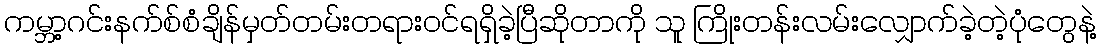
ကမ္ဘာ့ဂင်းနက်စ်စံချိန်မှတ်တမ်းတရားဝင်ရရှိခဲ့ပြီဆိုတာကို သူ ကြိုးတန်းလမ်းလျှောက်ခဲ့တဲ့ပုံတွေနဲ့